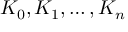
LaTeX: K _ { 0 } , K _ { 1 } , \ldots , K _ { n }